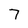
Character: 7